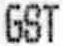
GST